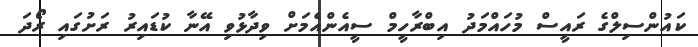
ކައުންސިލްގެ ރައީސް މުހައްމަދު އިބްރާހީމް ސީއެންއެމަށް ވިދާޅުވި އޭނާ ކުޑައިރު ރަށުގައި ރޯދަ